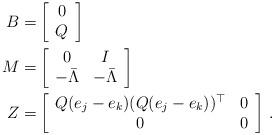
LaTeX: \begin{align*}B=&\left[\begin{array}{c}0\\Q\end{array}\right]\\M=&\left[\begin{array}{cc}0 & I\\-\bar{\Lambda} & -\bar{\Lambda}\end{array}\right]\\Z=&\left[\begin{array}{cc}Q(e_j-e_k) (Q (e_j-e_k))^{\top} & 0\\0 & 0\end{array}\right]\,.\end{align*}